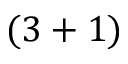
( 3 + 1 )